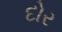
દોર